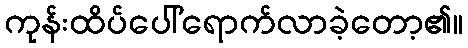
ကုန်းထိပ်ပေါ်ရောက်လာခဲ့တော့၏။